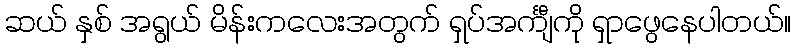
ဆယ် နှစ် အရွယ် မိန်းကလေးအတွက် ရှပ်အင်္ကျီကို ရှာဖွေနေပါတယ်။